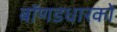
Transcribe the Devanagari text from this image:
बॉणडधारकों